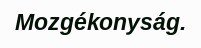
Mozgékonyság.